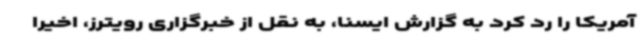
آمریکا را رد کرد به گزارش ایسنا، به نقل از خبرگزاری رویترز، اخیرا